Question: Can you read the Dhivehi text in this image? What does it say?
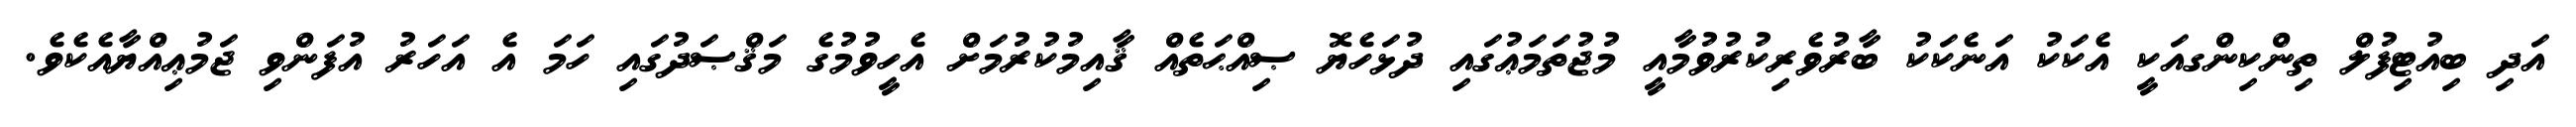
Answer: އަދި ބިއުޓިފުލް ތިންކިންގއަކީ އެކަކު އަނެކަކު ބާރުވެރިކުރުވުމާއީ މުޖުތަމަޢުގައި ދުޅަހެޔޮ ޞިއްޙަތެއް ޤާއިމުކުރުމަށް އެހީވުމުގެ މަޤްޞަދުގައި ހަމަ އެ އަހަރު އުފަންވި ޖަމުޢިއްޔާއެކެވެ.